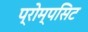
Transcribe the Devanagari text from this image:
प्रोम्पसिट